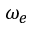
\omega _ { e }